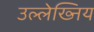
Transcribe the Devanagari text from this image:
उल्लेख्निय